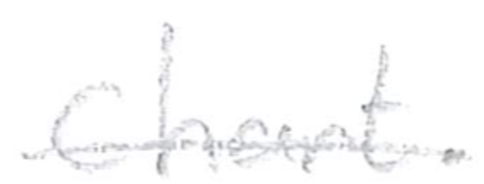
Text: Chart.
Cross-out: single-line
Writing tool: pencil